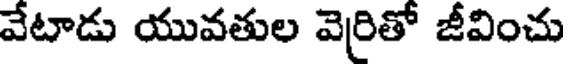
వేటాడు యువతుల వెరితో జీవించు